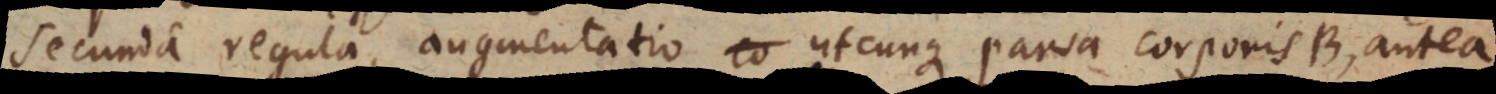
secunda regula, augmentatio utcunque parva corporis B, ante